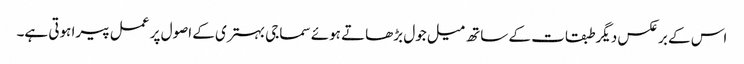
اس کے برعکس دیگر طبقات کے ساتھ میل جول بڑھاتے ہوئے سماجی بہتری کے اصول پر عمل پیرا ہوتی ہے۔